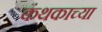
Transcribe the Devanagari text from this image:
कंथकाच्या